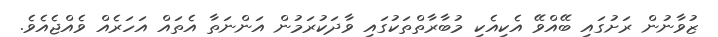
ޒުވާނުން ރަށުގައި ބޭއްވޭ އެކިއެކި މުބާރާތްތަކުގައި ވާދަކުރަމުން އަންނަތާ އެތައް އަހަރެއް ވެއްޖެއެވެ.